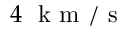
4 ~ \mathrm { ~ k ~ m ~ } / \mathrm { ~ s ~ }